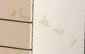
اصطياد